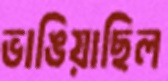
ভাঙিয়াছিল